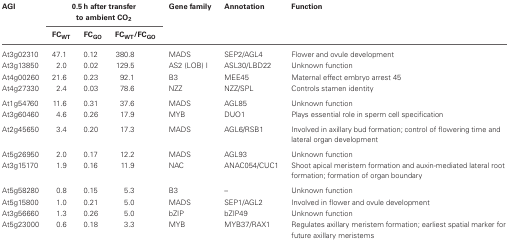
<table><thead><tr><td><b>AGI</b></td><td colspan="3"><b>0.5 h after transfer to ambient CO<sub>2</sub></b></td><td><b>Gene family</b></td><td><b>Annotation</b></td><td><b>Function</b></td></tr><tr><td></td><td><b>FC<sub>WT</sub></b></td><td><b>FC<sub>GO</sub></b></td><td><b>FC<sub>WT</sub>/FC<sub>GO</sub></b></td><td></td><td></td><td></td></tr></thead><tbody><tr><td>At3g02310</td><td>47.1</td><td>0.12</td><td>380.8</td><td>MADS</td><td>SEP2/AGL4</td><td>Flower and ovule development</td></tr><tr><td>At3g13850</td><td>2.0</td><td>0.02</td><td>129.5</td><td>AS2 (LOB) I</td><td>ASL30/LBD22</td><td>Unknown function</td></tr><tr><td>At4g00260</td><td>21.6</td><td>0.23</td><td>92.1</td><td>B3</td><td>MEE45</td><td>Maternal effect embryo arrest 45</td></tr><tr><td>At4g27330</td><td>2.4</td><td>0.03</td><td>78.6</td><td>NZZ</td><td>NZZ/SPL</td><td>Controls stamen identity</td></tr><tr><td>At1g54760</td><td>11.6</td><td>0.31</td><td>37.6</td><td>MADS</td><td>AGL85</td><td>Unknown function</td></tr><tr><td>At3g60460</td><td>4.6</td><td>0.26</td><td>17.9</td><td>MYB</td><td>DUO1</td><td>Plays essential role in sperm cell specification</td></tr><tr><td>At2g45650</td><td>3.4</td><td>0.20</td><td>17.3</td><td>MADS</td><td>AGL6/RSB1</td><td>Involved in axillary bud formation; control of flowering time and lateral organ development</td></tr><tr><td>At5g26950</td><td>2.0</td><td>0.17</td><td>12.2</td><td>MADS</td><td>AGL93</td><td>Unknown function</td></tr><tr><td>At3g15170</td><td>1.9</td><td>0.16</td><td>11.9</td><td>NAC</td><td>ANAC054/CUC1</td><td>Shoot apical meristem formation and auxin-mediated lateral root formation; formation of organ boundary</td></tr><tr><td>At5g58280</td><td>0.8</td><td>0.15</td><td>5.3</td><td>B3</td><td>–</td><td>Unknown function</td></tr><tr><td>At5g15800</td><td>1.0</td><td>0.21</td><td>5.0</td><td>MADS</td><td>SEP1/AGL2</td><td>Involved in flower and ovule development</td></tr><tr><td>At3g56660</td><td>1.3</td><td>0.26</td><td>5.0</td><td>bZIP</td><td>bZIP49</td><td>Unknown function</td></tr><tr><td>At5g23000</td><td>0.6</td><td>0.18</td><td>3.3</td><td>MYB</td><td>MYB37/RAX1</td><td>Regulates axillary meristem formation; earliest spatial marker for future axillary meristems</td></tr></tbody></table>